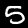
Label: 5